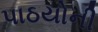
પાઠયોની